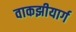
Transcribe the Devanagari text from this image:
वाकझीयार्ग